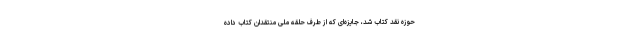
حوزهٔ نقد کتاب شد، جایزه‌ای که از طرف حلقهٔ ملی منتقدان کتاب داده